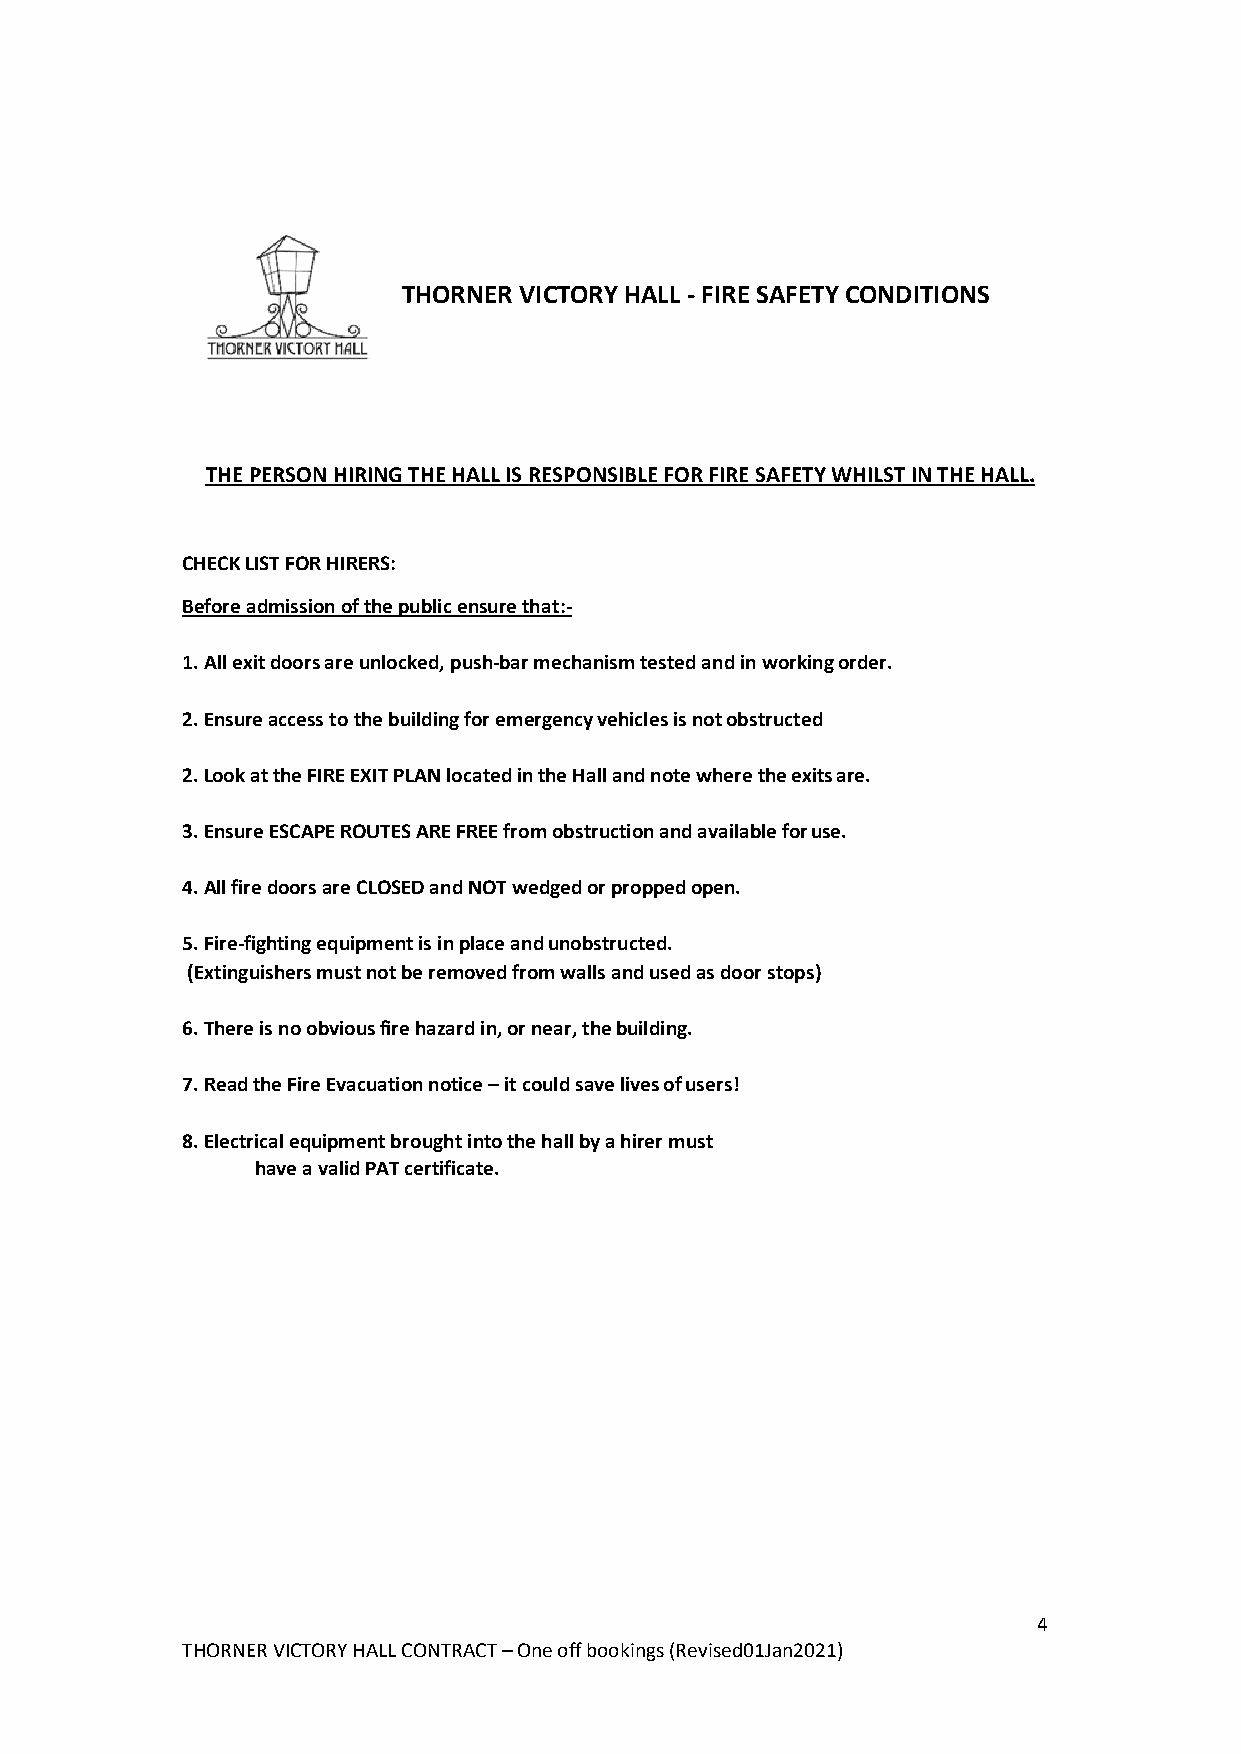
THORNER VICTORY HALL - FIRE SAFETY CONDITIONS
 THE PERSON HIRING THE HALL IS RESPONSIBLE FOR FIRE SAFETY WHILST IN THE HALL.
 CHECK LIST FOR HIRERS:
 Before admission of the public ensure that:-
 1. All exit doors are unlocked, push-bar mechanism tested and in working order.
 2. Ensure access to the building for emergency vehicles is not obstructed
 2. Look at the FIRE EXIT PLAN located in the Hall and note where the exits are.
 3. Ensure ESCAPE ROUTES ARE FREE from obstruction and available for use.
 4. All fire doors are CLOSED and NOT wedged or propped open.
 5. Fire-fighting equipment is in place and unobstructed.
 (Extinguishers must not be removed from walls and used as door stops)
 6. There is no obvious fire hazard in, or near, the building.
 7. Read the Fire Evacuation notice – it could save lives of users!
 8. Electrical equipment brought into the hall by a hirer must
 have a valid PAT certificate.
 4
 THORNER VICTORY HALL CONTRACT – One off bookings (Revised01Jan2021)